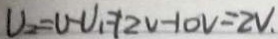
U _ { 2 } = U - U _ { 1 } = 1 2 v - 1 0 v = 2 v